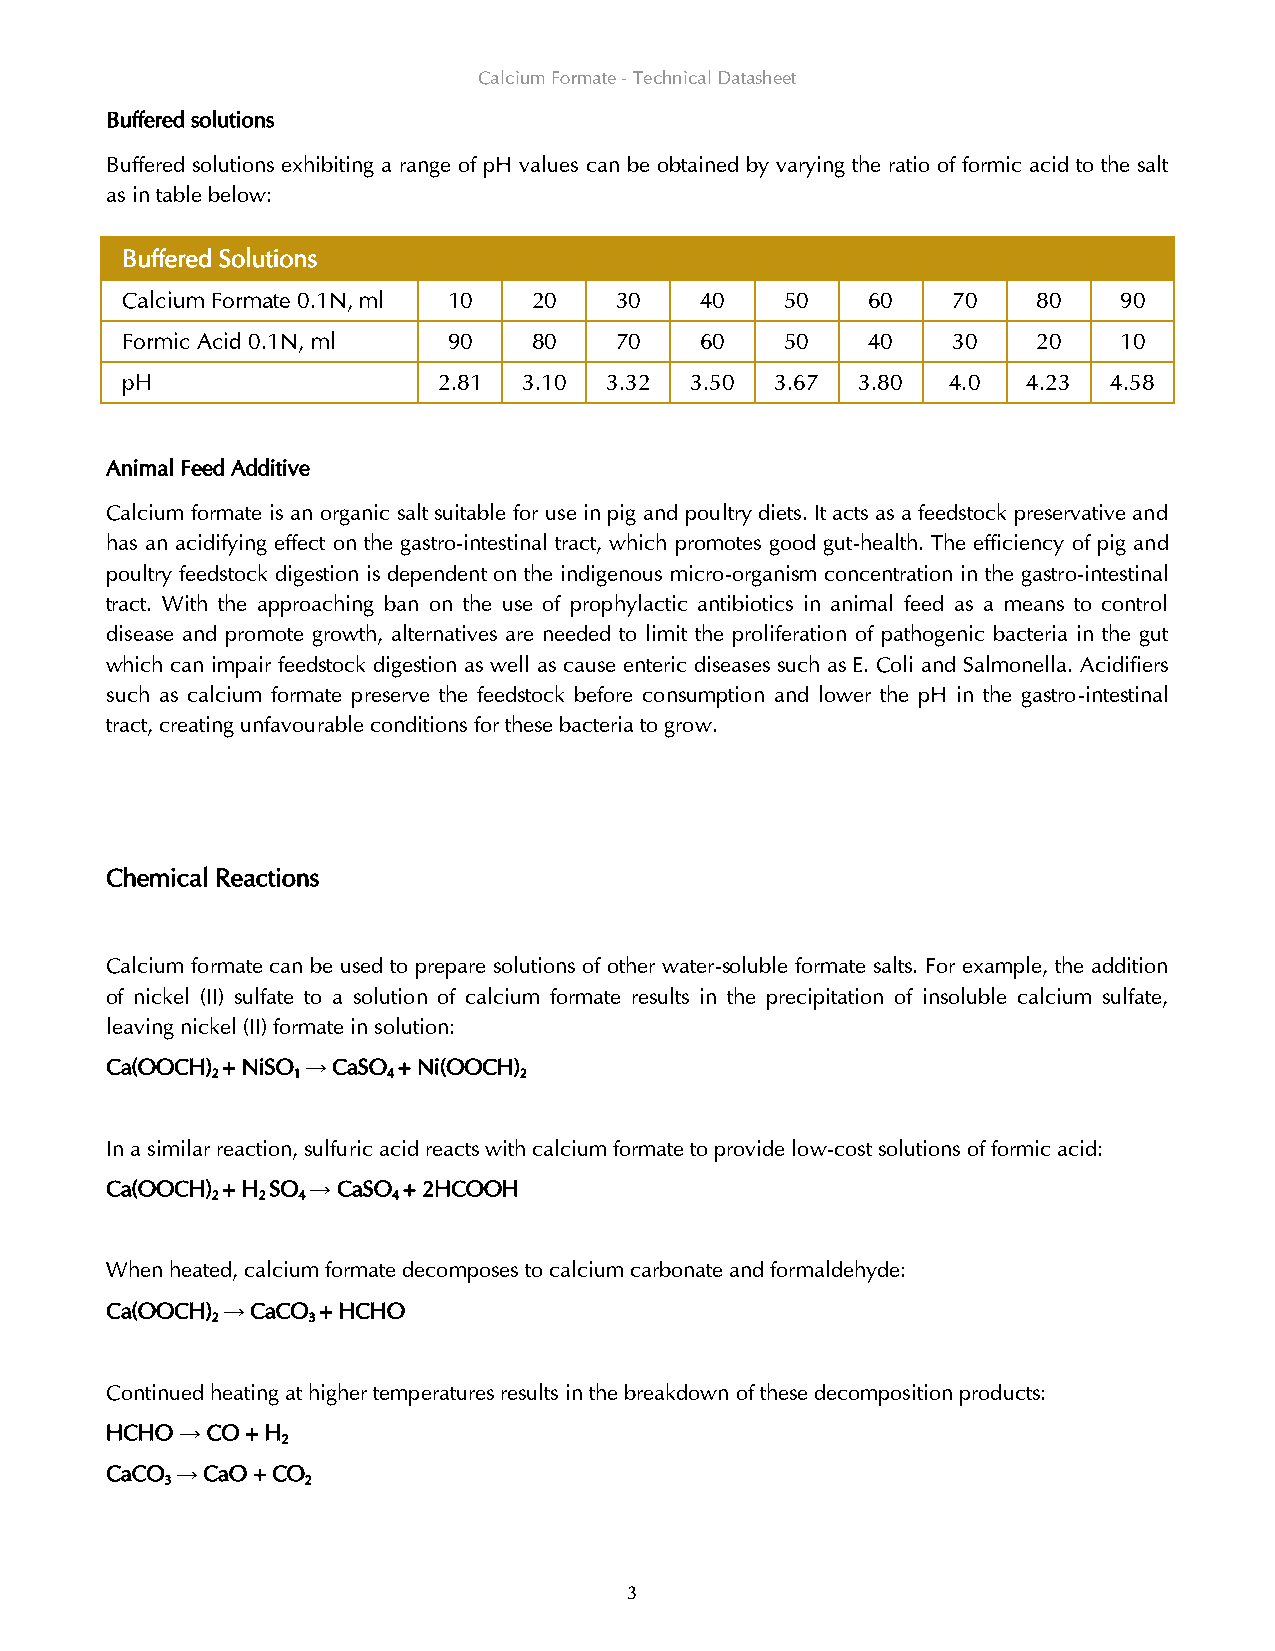
Calcium Formate - Technical Datasheet
 Buffered solutions
 Buffered solutions exhibiting a range of pH values can be obtained by varying the ratio of formic acid to the salt
 as in table below:
 Buffered Solutions
 Calcium Formate 0.1N, ml 10 20   30   40    50   60    70    80   90
 Formic Acid 0.1N, ml  90   80    70   60    50   40    30    20   10
 pH                   2.81  3.10 3.32  3.50 3.67  3.80  4.0  4.23  4.58
 Animal Feed Additive
 Calcium formate is an organic salt suitable for use in pig and poultry diets. It acts as a feedstock preservative and
 has an acidifying effect on the gastro-intestinal tract, which promotes good gut-health. The efficiency of pig and
 poultry feedstock digestion is dependent on the indigenous micro-organism concentration in the gastro-intestinal
 tract. With the approaching ban on the use of prophylactic antibiotics in animal feed as a means to control
 disease and promote growth, alternatives are needed to limit the proliferation of pathogenic bacteria in the gut
 which can impair feedstock digestion as well as cause enteric diseases such as E. Coli and Salmonella. Acidifiers
 such as calcium formate preserve the feedstock before consumption and lower the pH in the gastro-intestinal
 tract, creating unfavourable conditions for these bacteria to grow.
 Chemical Reactions
 Calcium formate can be used to prepare solutions of other water-soluble formate salts. For example, the addition
 of nickel (II) sulfate to a solution of calcium formate results in the precipitation of insoluble calcium sulfate,
 leaving nickel (II) formate in solution:
 Ca(OOCH) + NiSO → CaSO + Ni(OOCH)
 2    1      4       2
 In a similar reaction, sulfuric acid reacts with calcium formate to provide low-cost solutions of formic acid:
 Ca(OOCH) + H SO → CaSO + 2HCOOH
 2  2  4     4
 When heated, calcium formate decomposes to calcium carbonate and formaldehyde:
 Ca(OOCH) → CaCO + HCHO
 2     3
 Continued heating at higher temperatures results in the breakdown of these decomposition products:
 HCHO → CO + H
 2
 CaCO → CaO + CO
 3        2
 3